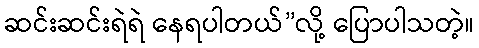
ဆင်းဆင်းရဲရဲ နေရပါတယ်”လို့ ပြောပါသတဲ့။